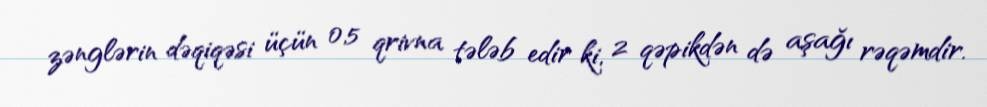
zənglərin dəqiqəsi üçün 0,5 qrivna tələb edir ki, 2 qəpikdən də aşağı rəqəmdir.